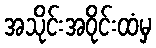
အသိုင်းအဝိုင်းထံမှ